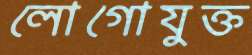
লোগোযুক্ত